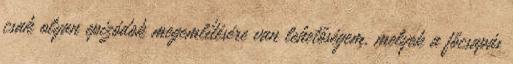
csak olyan epizódok megemlítésére van lehetőségem, melyek a fő­csapás